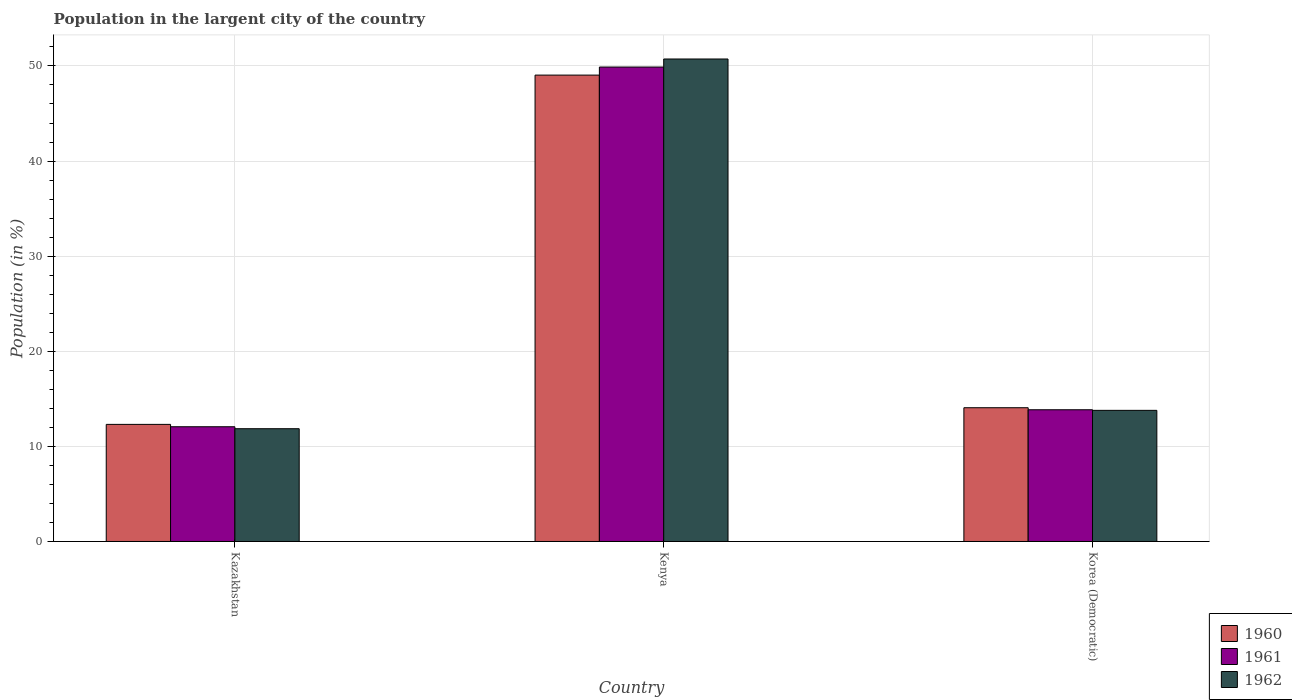
| Country | 1960 | 1961 | 1962 |
 | --- | --- | --- | --- |
 | Kazakhstan | 12.3 | 12.1 | 11.9 |
 | Kenya | 49 | 49.9 | 50.7 |
 | Korea (Democratic) | 14.1 | 13.9 | 13.8 |